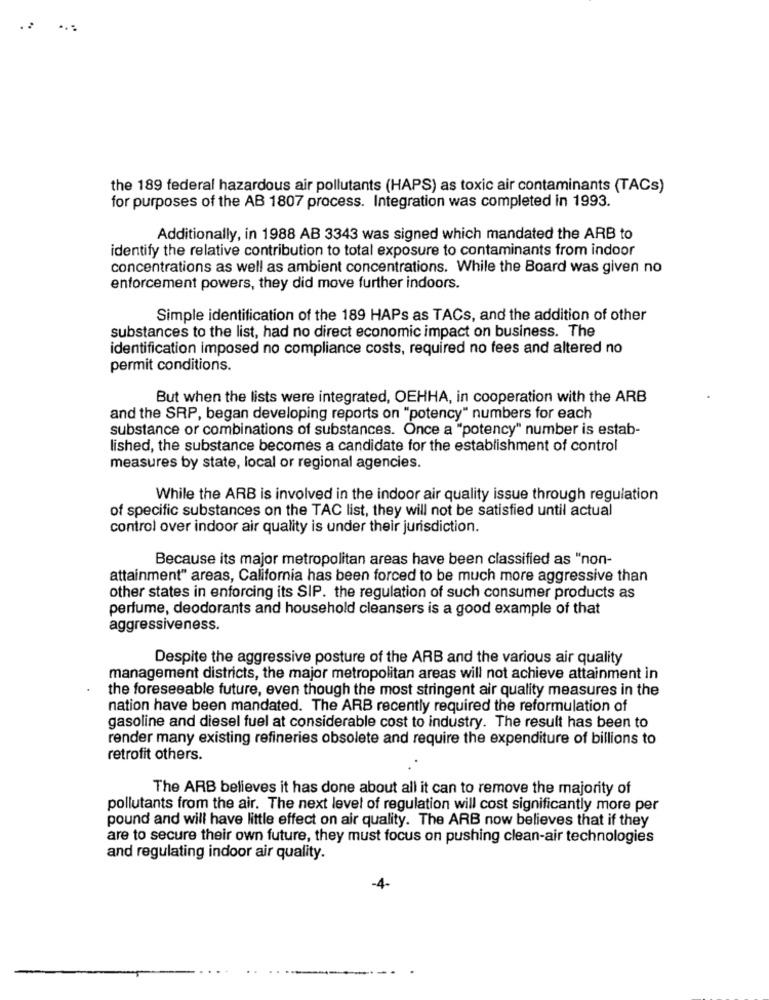
. :
...
the 189 federal hazardous air pollutants (HAPS) as toxic air contaminants (TACs)
for purposes of the AB 1807 process. Integration was completed in 1993.
Additionally, in 1988 AB 3343 was signed which mandated the ARB to
identify the relative contribution to total exposure to contaminants from indoor
concentrations as well as ambient concentrations. While the Board was given no
enforcement powers, they did move further indoors.
Simple identification of the 189 HAPs as TACs, and the addition of other
substances to the list, had no direct economic impact on business. The
identification imposed no compliance costs, required no fees and altered no
permit conditions.
But when the lists were integrated, OEHHA, in cooperation with the ARB
and the SRP, began developing reports on "potency" numbers for each
substance or combinations of substances. Once a "potency" number is estab-
lished, the substance becomes a candidate for the establishment of control
measures by state, local or regional agencies.
While the ARB is involved in the indoor air quality issue through regulation
of specific substances on the TAC list, they will not be satisfied until actual
control over indoor air quality is under their jurisdiction.
Because its major metropolitan areas have been classified as "non-
attainment" areas, California has been forced to be much more aggressive than
other states in enforcing its SIP. the regulation of such consumer products as
perfume, deodorants and household cleansers is a good example of that
aggressiveness.
Despite the aggressive posture of the ARB and the various air quality
management districts, the major metropolitan areas will not achieve attainment in
the foreseeable future, even though the most stringent air quality measures in the
nation have been mandated. The ARB recently required the reformulation of
gasoline and diesel fuel at considerable cost to industry. The result has been to
render many existing refineries obsolete and require the expenditure of billions to
retrofit others.
The ARB believes it has done about all it can to remove the majority of
pollutants from the air. The next level of regulation will cost significantly more per
pound and will have little effect on air quality. The ARB now believes that if they
are to secure their own future, they must focus on pushing clean-air technologies
and regulating indoor air quality.